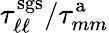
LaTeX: \tau_{\ell\ell}^{\mathrm{sgs}}/\tau_{mm}^{\mathrm{a}}